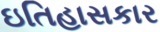
ઇતિહાસકાર